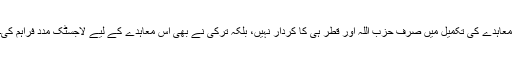
معاہدے کی تکمیل میں صرف حزب اللہ اور قطر ہی کا کردار نہیں، بلکہ ترکی نے بھی اس معاہدے کے لیے لاجسٹک مدد فراہم کی۔